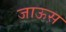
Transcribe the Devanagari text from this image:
जाऊस